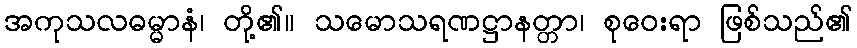
အကုသလဓမ္မာနံ၊ တို့၏။ သမောသရဏဋ္ဌာနတ္တာ၊ စုဝေးရာ ဖြစ်သည်၏